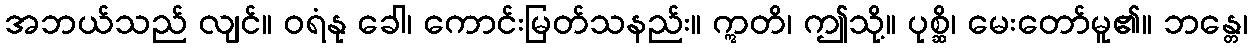
အဘယ်သည် လျင်။ ဝရံနု ခေါ၊ ကောင်းမြတ်သနည်း။ ဣတိ၊ ဤသို့။ ပုစ္ဆိ၊ မေးတော်မူ၏။ ဘန္တေ၊